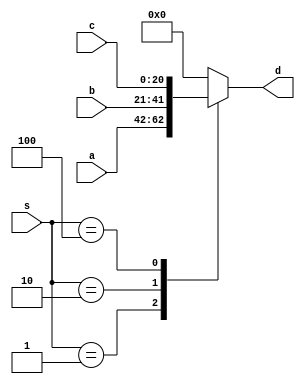
module mux4_1(input [2:0] s,        // select signal
              input [20:0] a,       // path 0
              input [20:0] b,       // path 1
              input [20:0] c,
              output reg [20:0] d);

always @(*) begin
    case (s)
        3'b001: d  = a;
        3'b010: d  = b;
        3'b100: d  = c;
        default: d = 0;
    endcase
end

endmodule // mux2_1